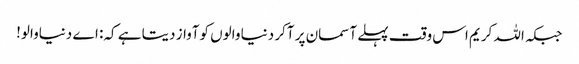
جبکہ اللہ کریم اس وقت پہلے آسمان پر آکر دنیا والوں کوآواز دیتا ہے کہ: اے دنیاوالو!